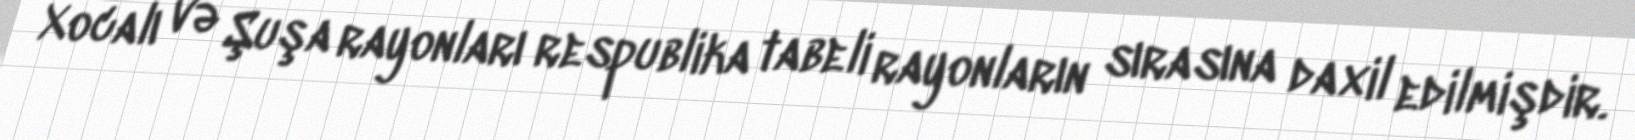
Xocalı və Şuşa rayonları respublika tabeli rayonların sırasına daxil edilmişdir.